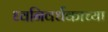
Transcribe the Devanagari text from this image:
ध्वनिवर्धकाच्या